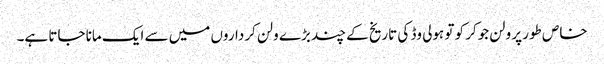
خاص طور پر ولن جوکر کو تو ہولی وڈ کی تاریخ کے چند بڑے ولن کرداروں میں سے ایک مانا جاتا ہے۔